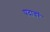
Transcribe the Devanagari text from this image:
पदावरॅ